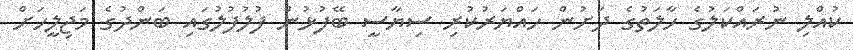
ކުއްލި ނުރައްކަލުގެ ހާލަތުގެ ދަށުން ހައްޔަރުކުރި ސިޔާސީ ބޭފުޅުން ފުލުފުލުގައި ބަންދުގެ މަޖިލީހަށް